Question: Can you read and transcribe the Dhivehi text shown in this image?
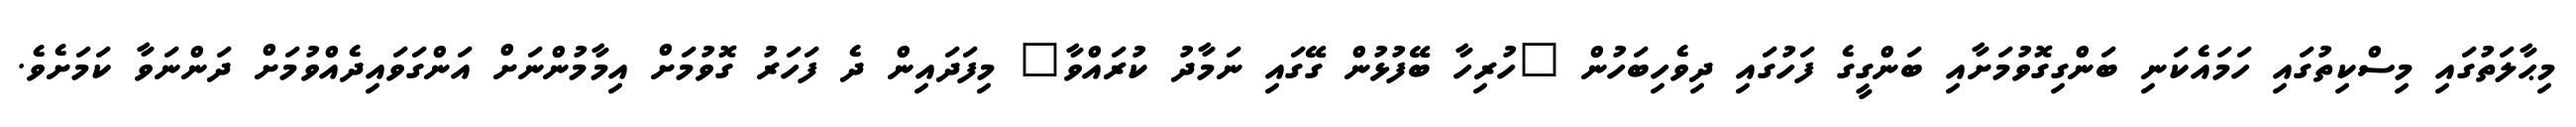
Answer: މިޙާލަތުގައި މިސްކިތުގައި ހަމައެކަނި ބަންގިގޮވުމަށާއި ބަންގީގެ ފަހުގައި ދިވެހިބަހުން "ހުރިހާ ބޭފުޅުން ގޭގައި ނަމާދު ކުރައްވާ" މިފަދައިން ދެ ފަހަރު ގޮވުމަށް އިމާމުންނަށް އަންގަވައިދެއްވުމަށް ދަންނަވާ ކަމަށެވެ.